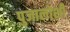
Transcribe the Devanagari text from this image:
पुजालोशी